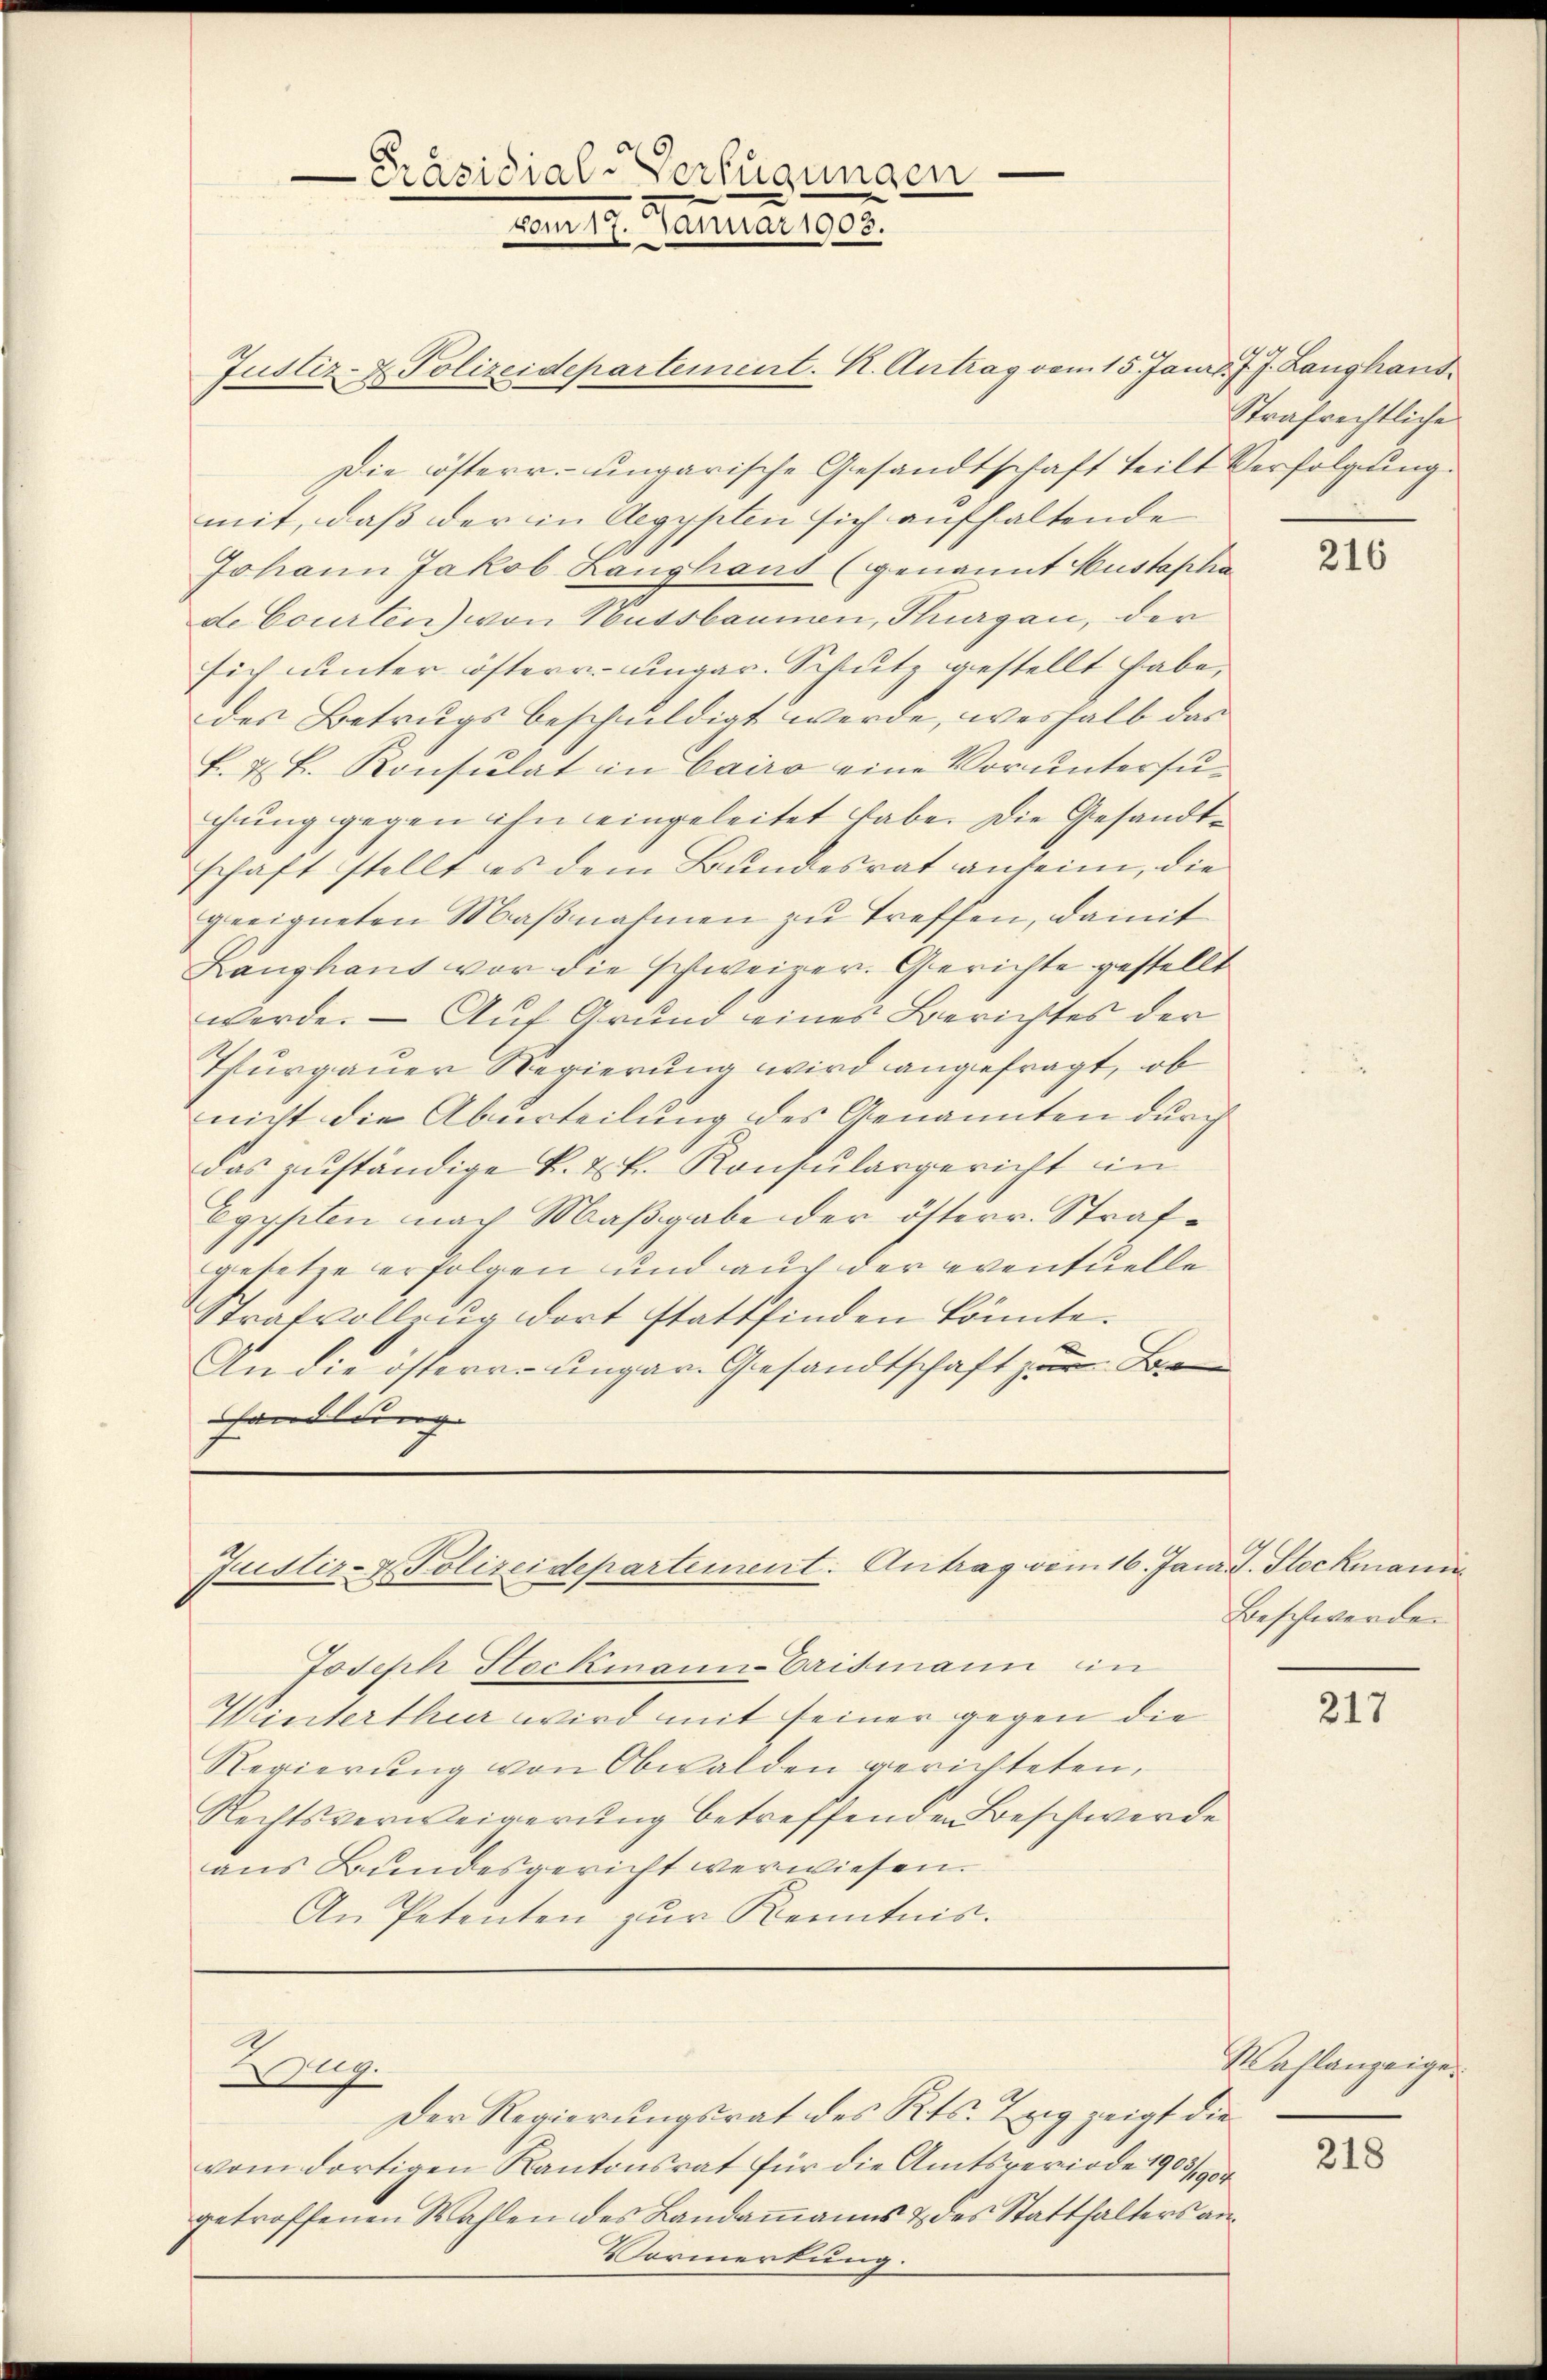
Justiz- & Polizeidepartement. K. Antrag vom 15. Janr. J. J. Langhaus¬
Die österr. ungarische Gesandtschaft teilt Verfolgung.
mit, daß der in Aegypten sich aufhaltende
Johann Jakob Langhaus (genannt Hustopha
de Courten) von Hussbannen, Flurgau, der
sich unter österr. ungar. Schutz gestellt habe,
des Betrugs beschuldigt werde, weshalb das
k. u. k. Konsulat in Cairo eine Voruntersugung gegen ihn eingeleitet habe. Die Gesandtschaft stellt es dem Bundesrat ansein, die
geeigneten Maßnahmen zu treffen, damit
Langhaus vor die schweizer. Gerichte gestellt
werde. — Auf Grund eines Berichtes der
Thurgauer Regierung wird angefragt, ob
nicht die Aburteilung des Genannten durch
das zuständige K. Tk. Konsulargericht in
Egypten nach Maßgabe der österr. Strafgesetze erfolgen und auch der eventuelle
Strafvollzŭg dort stattfinden könnte.
An die österre ungar. Gesandtschaft zum B
handlung

Präsidial-Verfügungen
vom 19. Januar 1908.

Justiz- & Polizeidepartement. Antrag vom 16. Jani d. Stockmann

Der Regierungsrat des Kts. Teig zeigt die
vom dortigen Kantonsrat für die Amtsveriode 1905/1904
getroffenen Wahlen des Landammanns & des Statthalters an¬
Vormerkung.

Joseph Stockmann Crismann in
Winterthur wird mit seiner gegen die
Regierung von Obwalden gerichteten,
Rechtsverweigerung betreffenden Beschwerde
aus Bundesgericht verwiesen.
An Petenten zur Kenntnis.

Zug.

Strafrechtliche

216

Beschwerden

217

Wahlanzeigen
218